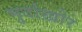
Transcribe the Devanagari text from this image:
मुर्दाख़ोर